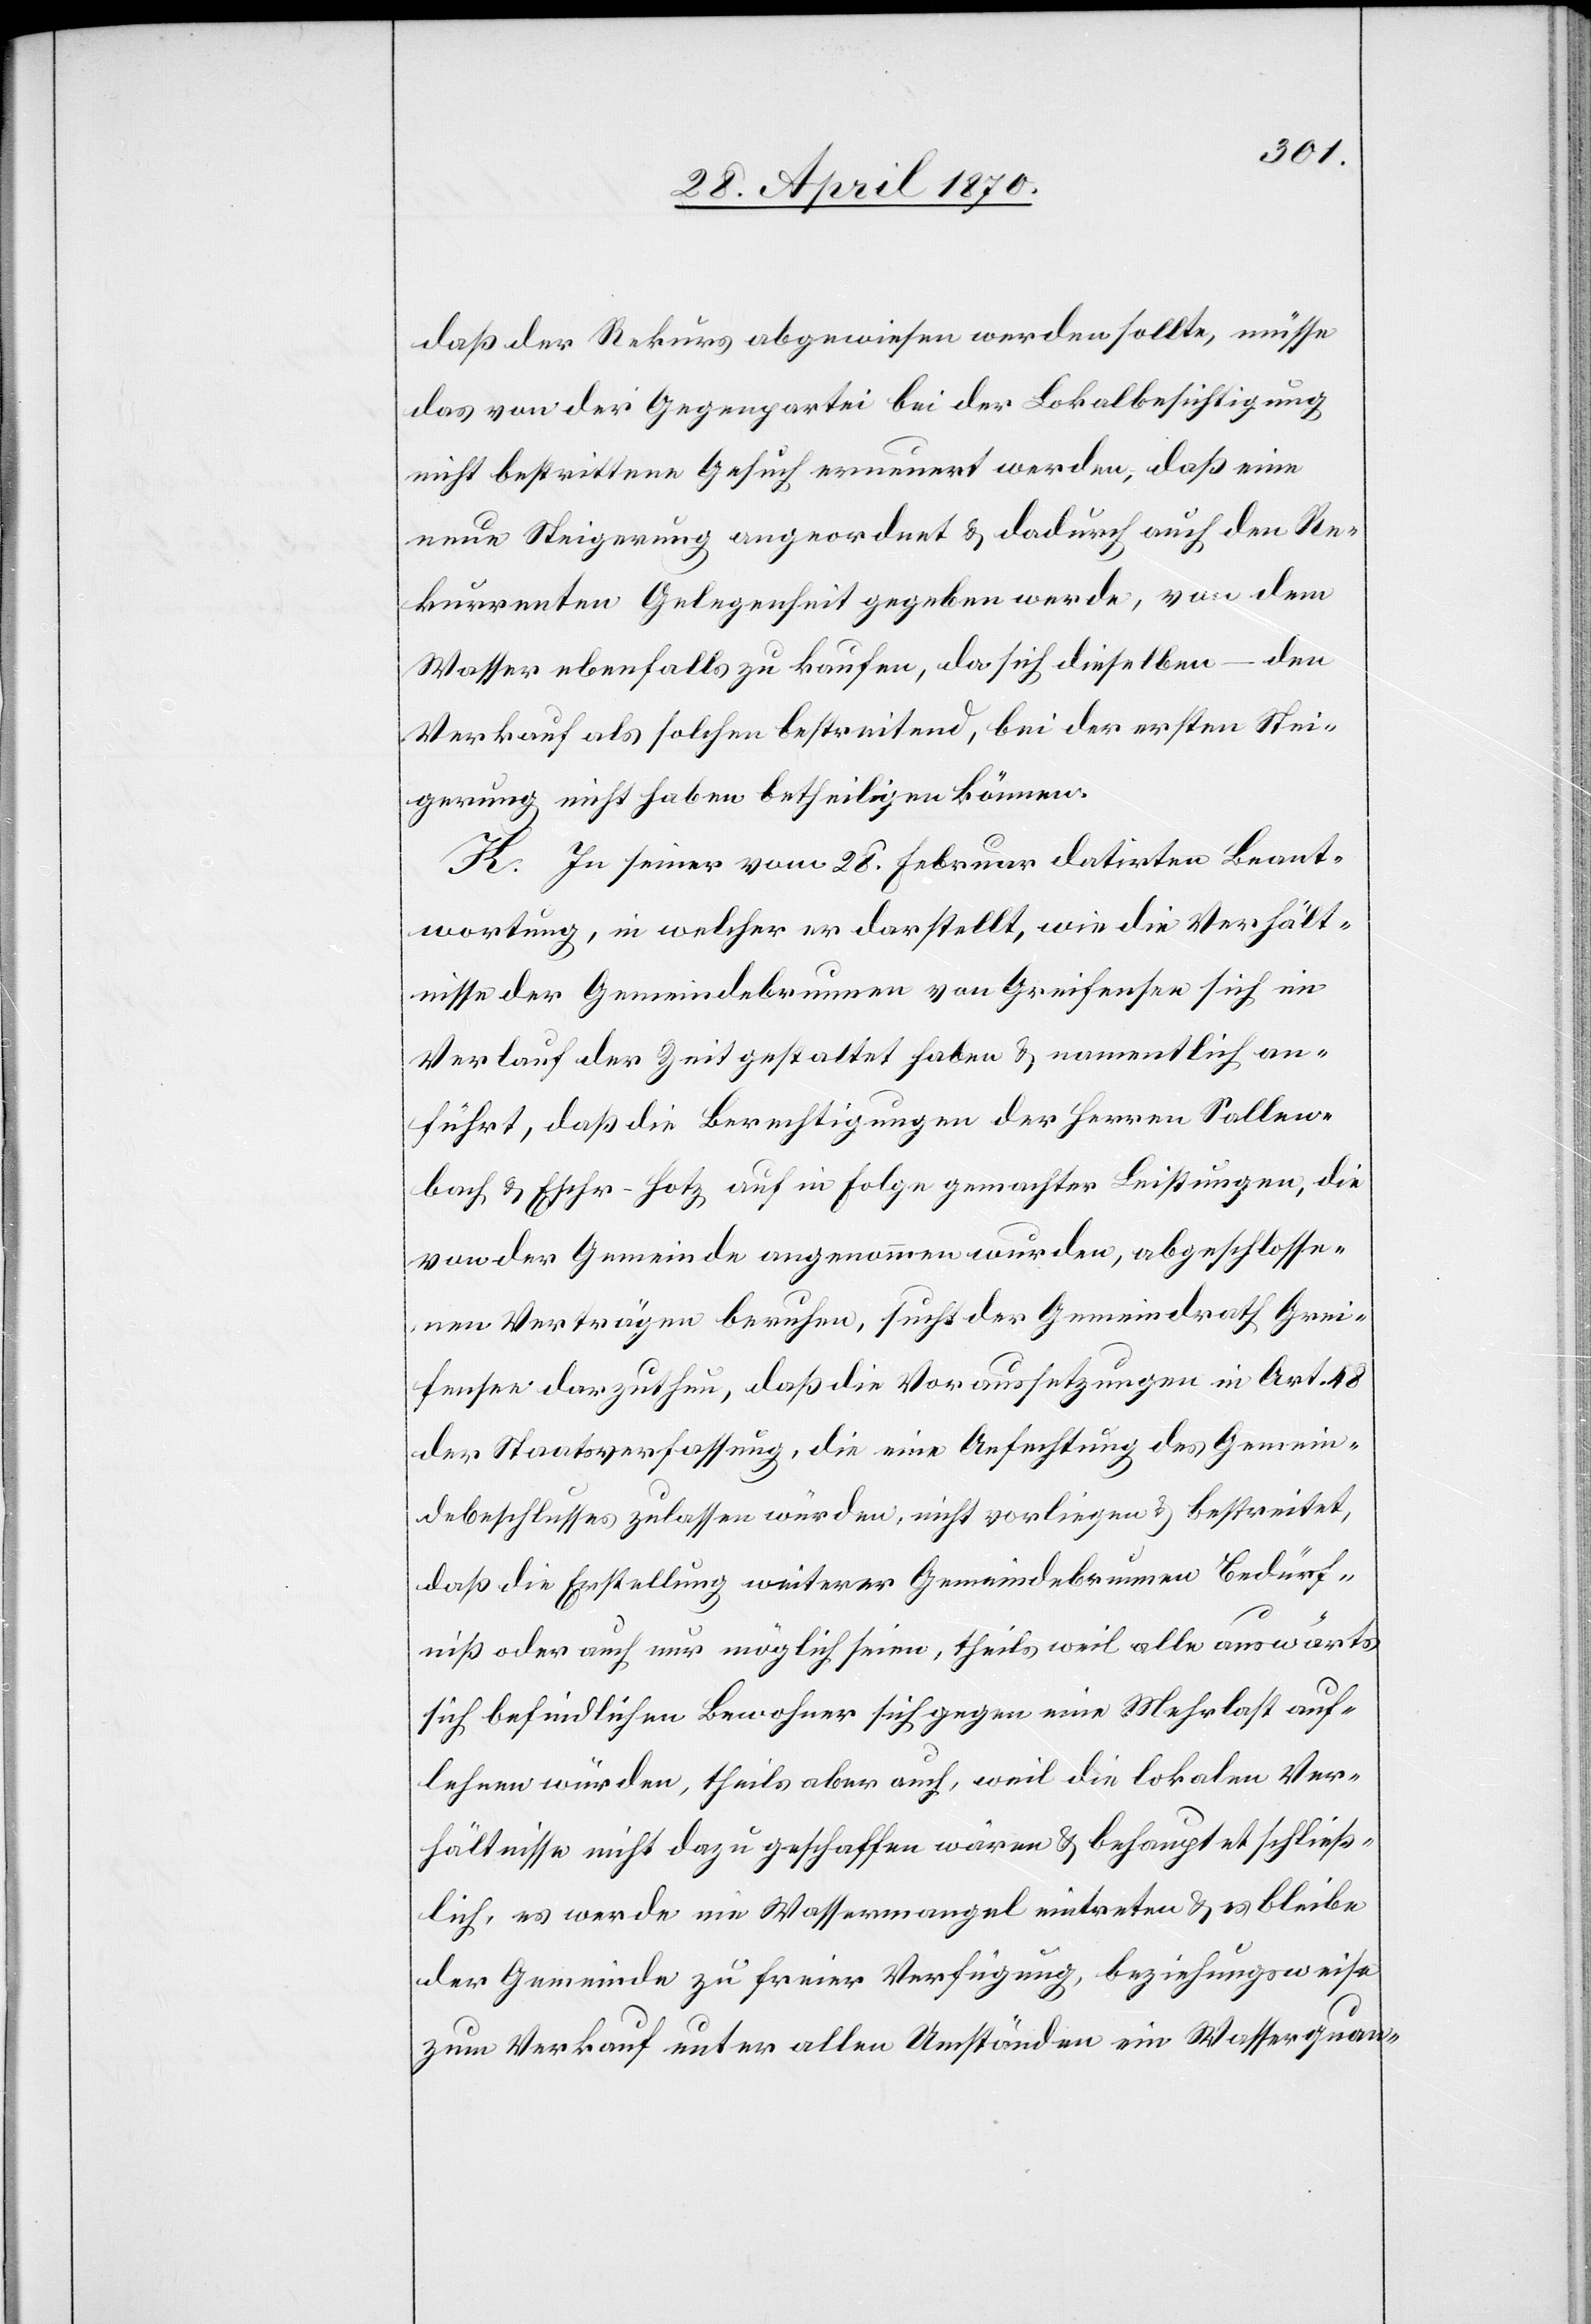
daß der Rekurs abgewiesen werden sollte, müsse
das von der Gegenpartie bei der Lokalbesichtigung
nicht bestrittene Gesuch erneuert werden, daß eine
neue Steigerung angeordnet & dadurch auch den Re¬
kurrenten Gelegenheit gegeben werde, von dem
Wasser ebenfalls zu kaufen, da sich dieselben – den
Verkauf als solchen bestreitend, bei der ersten Stei¬
gerung nicht haben betheiligen können.
K. In seiner vom 28. Februar datirten Beant¬
wortung, in welcher er darstellt, wie die Verhält¬
nisse der Gemeindebrunnen von Greifensee sich im
Verlauf der Zeit gestaltet haben & namentlich an¬
führt, daß die Berechtigungen der Herren Sallen¬
bach & Escher-Hotz auf in Folge gemachter Leistungen, die
von der Gemeinde angenommen wurden, abgeschlosse¬
nen Verträgen beruhen, sucht der Gemeindrath Grei¬
fensee darzuthun, daß die Voraussetzungen in Art. 48
der Staatsverfassung, die eine Anfechtung des Gemein¬
debeschlusses zulassen würden, nicht vorliegen & bestreitet,
daß die Erstellung weiterer Gemeindebrunnen Bedürf¬
niß oder auch nur möglich seien, theils weil alle auswärts
sich befindlichen Bewohner sich gegen eine Mehrlast auf¬
lehnen würden, theils aber auch, weil die lokalen Ver¬
hältnisse nicht dazu geschaffen wären & behauptet schließ¬
lich, es werde ein Wassermangel eintreten & es bleibe
der Gemeinde zu freier Verfügung, beziehungsweise
zum Verkauf unter allen Umständen ein Wasserquan-